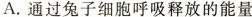
A.通过兔子细胞呼吸释放的能量